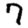
Digit: 7